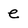
Character: e